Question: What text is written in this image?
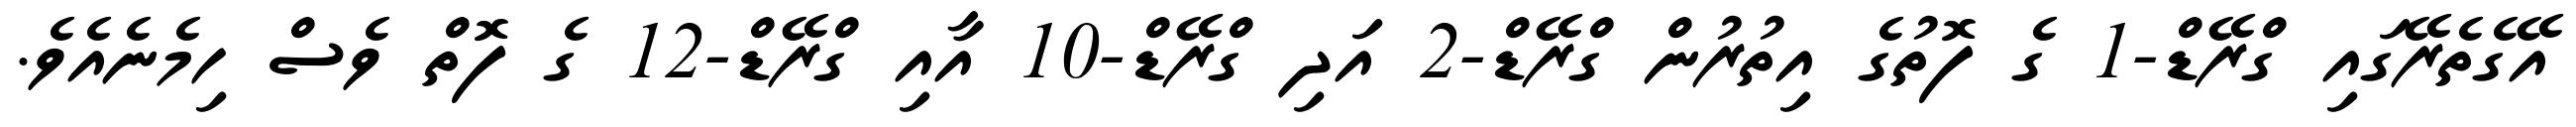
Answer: އޭގެތެރޭގައި ގްރޭޑް-1 ގެ ފޮތުގެ އިތުރުން ގްރޭޑް-2 އަދި ގްރޭޑް-10 އާއި ގްރޭޑް-12 ގެ ފޮތް ވެސް ހިމެނެއެވެ.